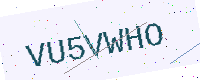
Text: VU5VWHO